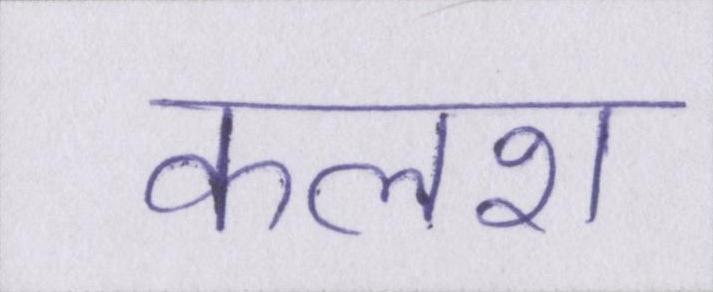
कलश